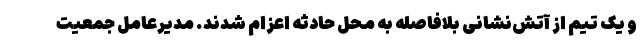
و یک تیم از آتش‌نشانی بلافاصله به محل حادثه اعزام شدند. مدیرعامل جمعیت